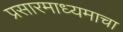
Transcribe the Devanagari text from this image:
प्रसारमाध्यमाचा